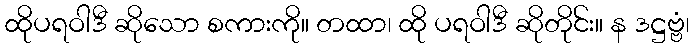
ထိုပရဝါဒီ ဆိုသော စကားကို။ တထာ၊ ထို ပရဝါဒီ ဆိုတိုင်း။ န ဒဋ္ဌဗ္ဗံ၊